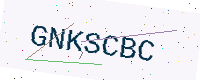
Text: GNKSCBC